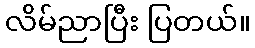
လိမ်ညာပြီး ပြတယ်။